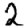
Digit: 2